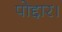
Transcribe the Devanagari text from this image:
पोद्दार।